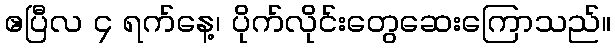
ဧပြီလ ၄ ရက်နေ့၊ ပိုက်လိုင်းတွေဆေးကြောသည်။